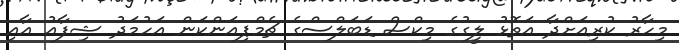
މިހާރު ކުރިއަށްދާ އަތޮޅު ލީގުގެ މިކްސް ޑަބަލްސްގެ ޗެމްޕިއަންކަން އަހުމަދު ޝިފާއު އާއި